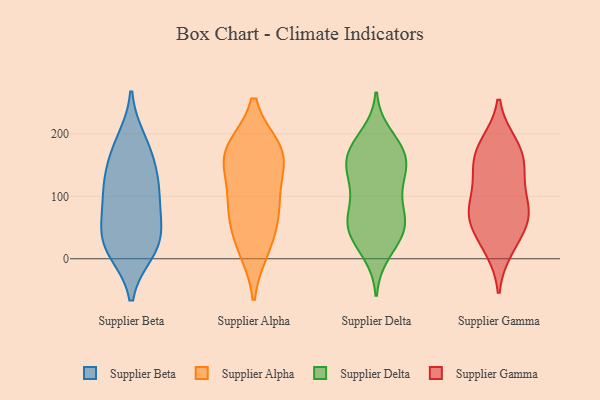
{"axis": {"x": "Inventory Turnover", "y": "Value"}, "legend": ["Supplier Alpha", "Supplier Beta", "Supplier Delta", "Supplier Gamma"], "data": [{"x": "", "y": 21, "type": "Supplier Beta"}, {"x": "", "y": 38, "type": "Supplier Beta"}, {"x": "", "y": 174, "type": "Supplier Beta"}, {"x": "", "y": 13, "type": "Supplier Beta"}, {"x": "", "y": 83, "type": "Supplier Beta"}, {"x": "", "y": 50, "type": "Supplier Beta"}, {"x": "", "y": 97, "type": "Supplier Beta"}, {"x": "", "y": 19, "type": "Supplier Beta"}, {"x": "", "y": 115, "type": "Supplier Beta"}, {"x": "", "y": 123, "type": "Supplier Beta"}, {"x": "", "y": 188, "type": "Supplier Beta"}, {"x": "", "y": 150, "type": "Supplier Beta"}, {"x": "", "y": 65, "type": "Supplier Alpha"}, {"x": "", "y": 176, "type": "Supplier Alpha"}, {"x": "", "y": 22, "type": "Supplier Alpha"}, {"x": "", "y": 81, "type": "Supplier Alpha"}, {"x": "", "y": 113, "type": "Supplier Alpha"}, {"x": "", "y": 80, "type": "Supplier Alpha"}, {"x": "", "y": 176, "type": "Supplier Alpha"}, {"x": "", "y": 153, "type": "Supplier Alpha"}, {"x": "", "y": 158, "type": "Supplier Alpha"}, {"x": "", "y": 176, "type": "Supplier Alpha"}, {"x": "", "y": 15, "type": "Supplier Alpha"}, {"x": "", "y": 162, "type": "Supplier Delta"}, {"x": "", "y": 120, "type": "Supplier Delta"}, {"x": "", "y": 90, "type": "Supplier Delta"}, {"x": "", "y": 56, "type": "Supplier Delta"}, {"x": "", "y": 172, "type": "Supplier Delta"}, {"x": "", "y": 142, "type": "Supplier Delta"}, {"x": "", "y": 170, "type": "Supplier Delta"}, {"x": "", "y": 161, "type": "Supplier Delta"}, {"x": "", "y": 70, "type": "Supplier Delta"}, {"x": "", "y": 124, "type": "Supplier Delta"}, {"x": "", "y": 52, "type": "Supplier Delta"}, {"x": "", "y": 197, "type": "Supplier Delta"}, {"x": "", "y": 10, "type": "Supplier Delta"}, {"x": "", "y": 133, "type": "Supplier Delta"}, {"x": "", "y": 57, "type": "Supplier Delta"}, {"x": "", "y": 178, "type": "Supplier Delta"}, {"x": "", "y": 24, "type": "Supplier Delta"}, {"x": "", "y": 55, "type": "Supplier Delta"}, {"x": "", "y": 43, "type": "Supplier Delta"}, {"x": "", "y": 71, "type": "Supplier Gamma"}, {"x": "", "y": 70, "type": "Supplier Gamma"}, {"x": "", "y": 183, "type": "Supplier Gamma"}, {"x": "", "y": 124, "type": "Supplier Gamma"}, {"x": "", "y": 17, "type": "Supplier Gamma"}, {"x": "", "y": 181, "type": "Supplier Gamma"}, {"x": "", "y": 154, "type": "Supplier Gamma"}, {"x": "", "y": 27, "type": "Supplier Gamma"}, {"x": "", "y": 134, "type": "Supplier Gamma"}, {"x": "", "y": 64, "type": "Supplier Gamma"}, {"x": "", "y": 163, "type": "Supplier Gamma"}, {"x": "", "y": 82, "type": "Supplier Gamma"}, {"x": "", "y": 74, "type": "Supplier Gamma"}]}